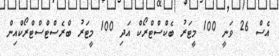
އެސް 26 ވަނީ 100 މީޓަރު ބެކްސްޓްރޯކް އަދި 100 މީޓަރު ބްރެސްޓްސްޓްރޯކްއިން